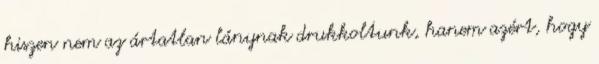
hiszen nem az ártatlan lánynak drukkoltunk, hanem azért, hogy